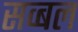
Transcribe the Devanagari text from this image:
सव्बल